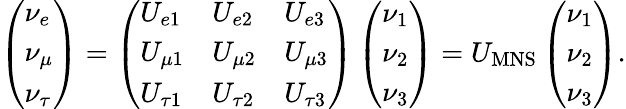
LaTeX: \left(\begin{array}{l}{{\nu_{e}}}\\ {{\nu_{\mu}}}\\ {{\nu_{\tau}}}\end{array}\right)=\left(\begin{array}{lll}{{U_{e1}}}&{{U_{e2}}}&{{U_{e3}}}\\ {{U_{\mu 1}}}&{{U_{\mu 2}}}&{{U_{\mu 3}}}\\ {{U_{\tau 1}}}&{{U_{\tau 2}}}&{{U_{\tau 3}}}\end{array}\right)\left(\begin{array}{l}{{\nu_{1}}}\\ {{\nu_{2}}}\\ {{\nu_{3}}}\end{array}\right)=U_{\mathrm{MNS}}\left(\begin{array}{l}{{\nu_{1}}}\\ {{\nu_{2}}}\\ {{\nu_{3}}}\end{array}\right).